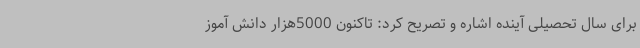
برای سال تحصیلی آینده اشاره و تصریح کرد: تاکنون 5000هزار دانش آموز